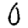
Digit: 0